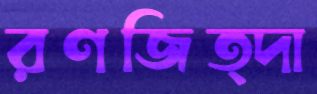
রণজিত্দা